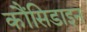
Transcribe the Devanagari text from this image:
कौंसिडाइन